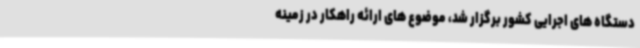
دستگاه های اجرایی کشور برگزار شد، موضوع های ارائه راهکار در زمینه